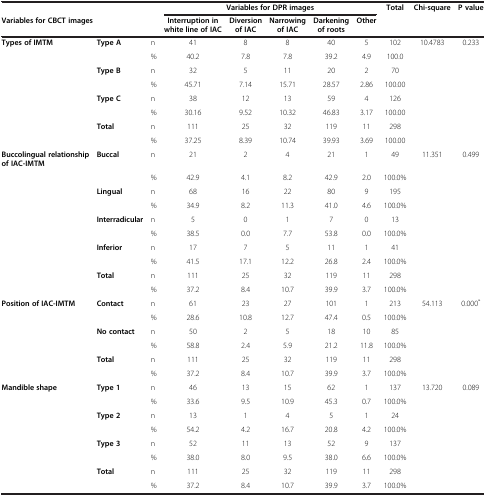
<table><thead><tr><td colspan="3"><b> </b></td><td colspan="5"><b>Variables for DPR images</b></td><td><b>Total</b></td><td><b>Chi-square</b></td><td><b>P value</b></td></tr><tr><td colspan="3"><b>Variables for CBCT images</b></td><td><b>Interruption in white line of IAC</b></td><td><b>Diversion of IAC</b></td><td><b>Narrowing of IAC</b></td><td><b>Darkening of roots</b></td><td><b>Other</b></td><td><b> </b></td><td><b> </b></td><td><b> </b></td></tr></thead><tbody><tr><td rowspan="8"><b>Types of IMTM</b></td><td><b>Type A</b></td><td>n</td><td>41</td><td>8</td><td>8</td><td>40</td><td>5</td><td>102</td><td>10.4783</td><td>0.233</td></tr><tr><td> </td><td>%</td><td>40.2</td><td>7.8</td><td>7.8</td><td>39.2</td><td>4.9</td><td>100.0</td><td> </td><td> </td></tr><tr><td><b>Type B</b></td><td>n</td><td>32</td><td>5</td><td>11</td><td>20</td><td>2</td><td>70</td><td> </td><td> </td></tr><tr><td> </td><td>%</td><td>45.71</td><td>7.14</td><td>15.71</td><td>28.57</td><td>2.86</td><td>100.00</td><td> </td><td> </td></tr><tr><td><b>Type C</b></td><td>n</td><td>38</td><td>12</td><td>13</td><td>59</td><td>4</td><td>126</td><td> </td><td> </td></tr><tr><td> </td><td>%</td><td>30.16</td><td>9.52</td><td>10.32</td><td>46.83</td><td>3.17</td><td>100.00</td><td> </td><td> </td></tr><tr><td><b>Total</b></td><td>n</td><td>111</td><td>25</td><td>32</td><td>119</td><td>11</td><td>298</td><td> </td><td> </td></tr><tr><td> </td><td>%</td><td>37.25</td><td>8.39</td><td>10.74</td><td>39.93</td><td>3.69</td><td>100.00</td><td> </td><td> </td></tr><tr><td><b>Buccolingual relationship of IAC-IMTM</b></td><td><b>Buccal</b></td><td>n</td><td>21</td><td>2</td><td>4</td><td>21</td><td>1</td><td>49</td><td>11.351</td><td>0.499</td></tr><tr><td> </td><td> </td><td>%</td><td>42.9</td><td>4.1</td><td>8.2</td><td>42.9</td><td>2.0</td><td>100.0%</td><td> </td><td> </td></tr><tr><td> </td><td><b>Lingual</b></td><td>n</td><td>68</td><td>16</td><td>22</td><td>80</td><td>9</td><td>195</td><td> </td><td> </td></tr><tr><td> </td><td> </td><td>%</td><td>34.9</td><td>8.2</td><td>11.3</td><td>41.0</td><td>4.6</td><td>100.0%</td><td> </td><td> </td></tr><tr><td> </td><td><b>Interradicular</b></td><td>n</td><td>5</td><td>0</td><td>1</td><td>7</td><td>0</td><td>13</td><td> </td><td> </td></tr><tr><td> </td><td> </td><td>%</td><td>38.5</td><td>0.0</td><td>7.7</td><td>53.8</td><td>0.0</td><td>100.0%</td><td> </td><td> </td></tr><tr><td> </td><td><b>Inferior</b></td><td>n</td><td>17</td><td>7</td><td>5</td><td>11</td><td>1</td><td>41</td><td> </td><td> </td></tr><tr><td> </td><td> </td><td>%</td><td>41.5</td><td>17.1</td><td>12.2</td><td>26.8</td><td>2.4</td><td>100.0%</td><td> </td><td> </td></tr><tr><td> </td><td><b>Total</b></td><td>n</td><td>111</td><td>25</td><td>32</td><td>119</td><td>11</td><td>298</td><td> </td><td> </td></tr><tr><td> </td><td> </td><td>%</td><td>37.2</td><td>8.4</td><td>10.7</td><td>39.9</td><td>3.7</td><td>100.0%</td><td> </td><td> </td></tr><tr><td rowspan="6"><b>Position of IAC-IMTM</b></td><td><b>Contact</b></td><td>n</td><td>61</td><td>23</td><td>27</td><td>101</td><td>1</td><td>213</td><td>54.113</td><td>0.000<sup>*</sup></td></tr><tr><td> </td><td>%</td><td>28.6</td><td>10.8</td><td>12.7</td><td>47.4</td><td>0.5</td><td>100.0%</td><td> </td><td> </td></tr><tr><td><b>No contact</b></td><td>n</td><td>50</td><td>2</td><td>5</td><td>18</td><td>10</td><td>85</td><td> </td><td> </td></tr><tr><td> </td><td>%</td><td>58.8</td><td>2.4</td><td>5.9</td><td>21.2</td><td>11.8</td><td>100.0%</td><td> </td><td> </td></tr><tr><td><b>Total</b></td><td>n</td><td>111</td><td>25</td><td>32</td><td>119</td><td>11</td><td>298</td><td> </td><td> </td></tr><tr><td> </td><td>%</td><td>37.2</td><td>8.4</td><td>10.7</td><td>39.9</td><td>3.7</td><td>100.0%</td><td> </td><td> </td></tr><tr><td><b>Mandible shape</b></td><td><b>Type 1</b></td><td>n</td><td>46</td><td>13</td><td>15</td><td>62</td><td>1</td><td>137</td><td>13.720</td><td>0.089</td></tr><tr><td> </td><td> </td><td>%</td><td>33.6</td><td>9.5</td><td>10.9</td><td>45.3</td><td>0.7</td><td>100.0%</td><td> </td><td> </td></tr><tr><td> </td><td><b>Type 2</b></td><td>n</td><td>13</td><td>1</td><td>4</td><td>5</td><td>1</td><td>24</td><td> </td><td> </td></tr><tr><td> </td><td> </td><td>%</td><td>54.2</td><td>4.2</td><td>16.7</td><td>20.8</td><td>4.2</td><td>100.0%</td><td> </td><td> </td></tr><tr><td> </td><td><b>Type 3</b></td><td>n</td><td>52</td><td>11</td><td>13</td><td>52</td><td>9</td><td>137</td><td> </td><td> </td></tr><tr><td> </td><td> </td><td>%</td><td>38.0</td><td>8.0</td><td>9.5</td><td>38.0</td><td>6.6</td><td>100.0%</td><td> </td><td> </td></tr><tr><td> </td><td><b>Total</b></td><td>n</td><td>111</td><td>25</td><td>32</td><td>119</td><td>11</td><td>298</td><td> </td><td> </td></tr><tr><td> </td><td> </td><td>%</td><td>37.2</td><td>8.4</td><td>10.7</td><td>39.9</td><td>3.7</td><td>100.0%</td><td> </td><td> </td></tr></tbody></table>